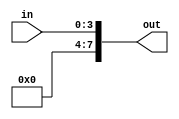
//Modulo de Extensor de Bit:
//Entradas: 	
//		in: entrada
//Saidas:	
//		out: saida
module nR_BitExt(in,out);
	input[3:0] in;
	output[7:0] out;
	assign out = {4'b0000,in};
endmodule